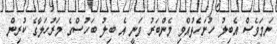
ނަމަވެސް އެބިލު ހުށަހެޅުއްވި މެންބަރު ވަނީ އެ ބިލު ބަހުސްގެ މަރުހަލާގެ ކުރިން